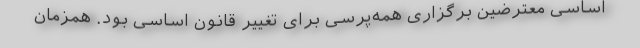
اساسی معترضین برگزاری همه‌پرسی برای تغییر قانون اساسی بود. همزمان